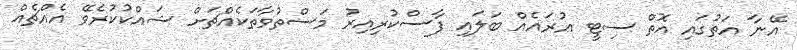
އޭނާ އަތުގައި އޮތް ސިޓީ އުރައެއް ބަލައި ފާސްކުރިއިރު މަސްތުވާތަކެއްޗަށް ޝައްކުކުރެވޭ އެއްޗެއް